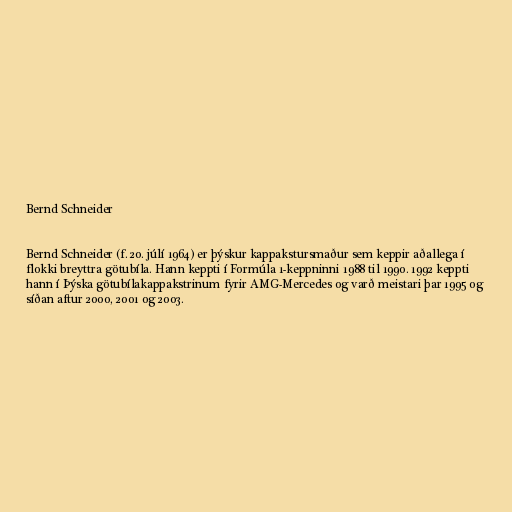
Bernd Schneider

Bernd Schneider (f. 20. júlí 1964) er þýskur kappakstursmaður sem keppir aðallega í
flokki breyttra götubíla. Hann keppti í Formúla 1-keppninni 1988 til 1990. 1992 keppti
hann í Þýska götubílakappakstrinum fyrir AMG-Mercedes og varð meistari þar 1995 og
síðan aftur 2000, 2001 og 2003.